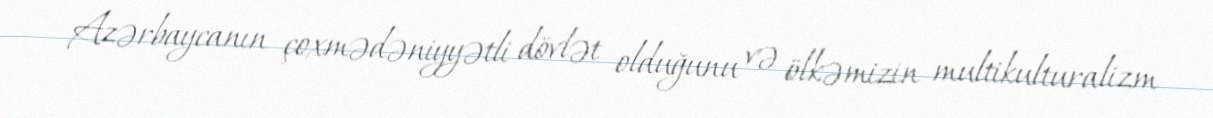
Azərbaycanın çoxmədəniyyətli dövlət olduğunu və ölkəmizin multikulturalizm